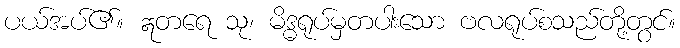
ပယ်အပ်၏။ ဣတရေ သု၊ မိဒ္ဓရုပ်မှတပါးသော ဗလရုပ်စသည်တို့တွင်။